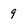
Character: 9